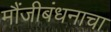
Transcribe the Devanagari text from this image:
मौंजीबंधनाचा